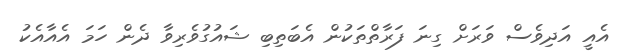
އެއީ އަދިވެސް ވަރަށް ގިނަ ފަރާތްތަކުން އެބަތިބި ޝައުގުވެރިވާ ދެން ހަމަ އެއާއެކު